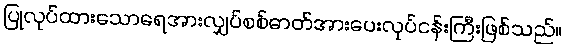
ပြုလုပ်ထားသောရေအားလျှပ်စစ်ဓာတ်အားပေးလုပ်ငန်းကြီးဖြစ်သည်။